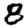
Digit: 8